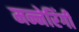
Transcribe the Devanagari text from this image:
मन्नेरिंगी